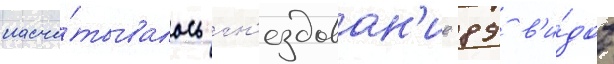
насчи́тывалось гн'ездован'ие 89 в'и́дов